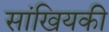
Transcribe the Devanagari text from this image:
सांखियकी